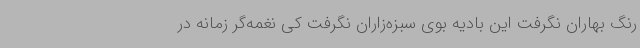
رنگ بهاران نگرفت این بادیه بوی سبزه‌زاران نگرفت کی نغمه‌گر زمانه در